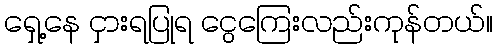
ရှေ့နေ ငှားရပြုရ ငွေကြေးလည်းကုန်တယ်။